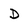
Character: D